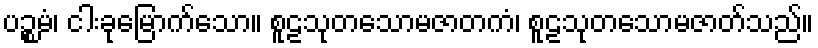
ပဉ္စမံ၊ ငါးခုမြောက်သော။ စူဠသုတသောမဇာတကံ၊ စူဠသုတသောမဇာတ်သည်။